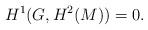
LaTeX: \begin{align*}H^1(G, H^2(M)) = 0. \end{align*}